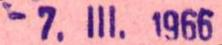
-7.III.1966